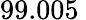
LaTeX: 99.005\